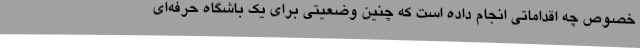
خصوص چه اقداماتی انجام داده است که چنین وضعیتی برای یک باشگاه حرفه‌ای